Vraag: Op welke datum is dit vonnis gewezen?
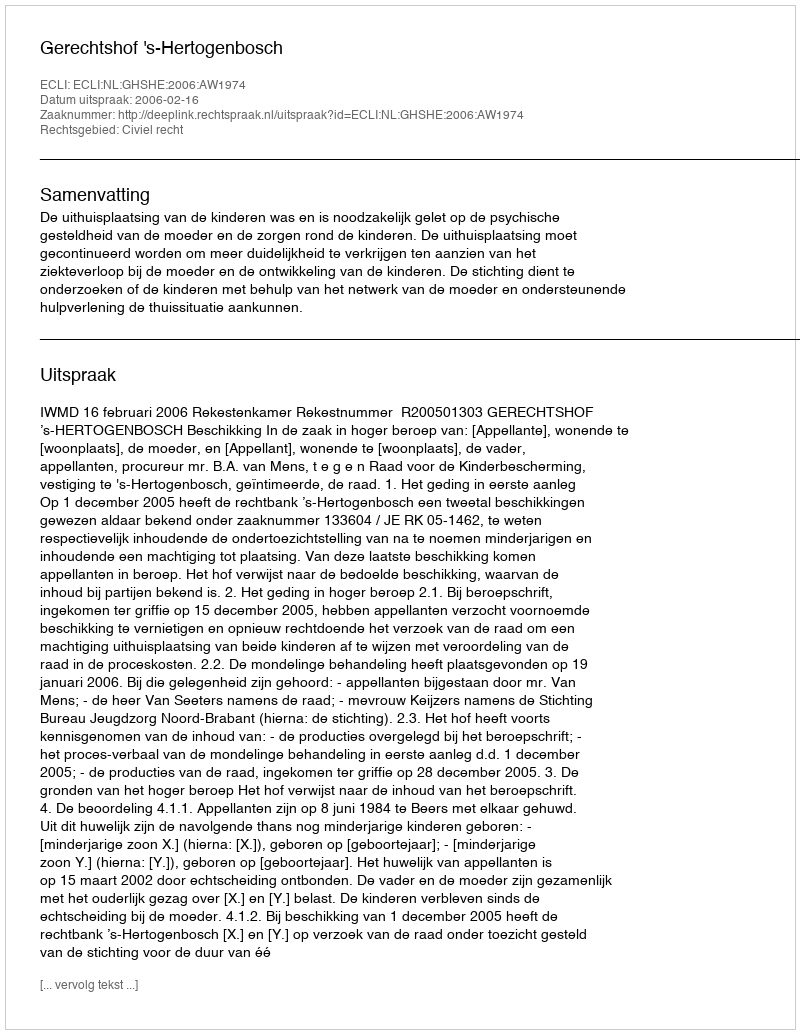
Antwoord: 2006-02-16